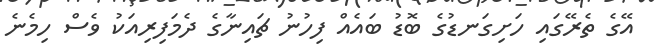
އޭގެ ތެރޭގައި ހަށިގަނޑުގެ ބޮޑު ބައެއް ފިހުނު ޗައިނާގެ ދެމަފިރިއަކު ވެސް ހިމެނެ